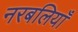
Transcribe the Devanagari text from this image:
नरबलियाँ